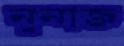
নুনাজ